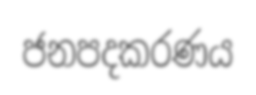
ජනපදකරණය